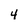
Character: 4